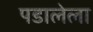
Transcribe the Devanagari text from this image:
पडालेला